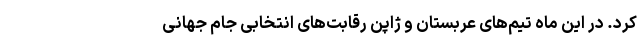
کرد. در این ماه تیم‌های عربستان و ژاپن رقابت‌های انتخابی جام جهانی